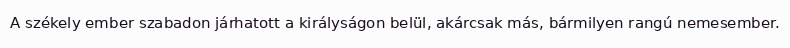
A székely ember szabadon járhatott a királyságon belül, akárcsak más, bármilyen rangú nemesember.